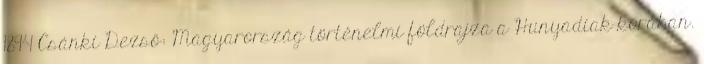
1894 Csánki Dezső: Magyarország történelmi földrajza a Hunyadiak korában.